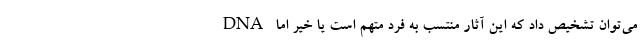
DNA می‌توان تشخیص داد که این آثار منتسب به فرد متهم است یا خیر اما